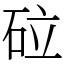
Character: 砬